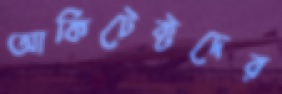
আর্কিটেক্টদের